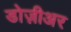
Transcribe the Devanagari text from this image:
डोज़ीअर